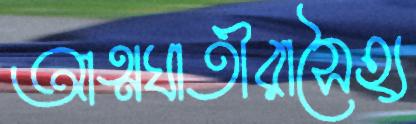
আত্মঘাতীরাসৈহ্য